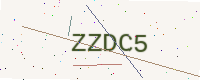
Text: ZZDC5